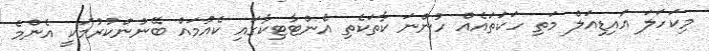
މިކަހަލަ އައިޑިއަލް މަތި ހަކަތައެއް ހުންނަ ކާތަކެތި އެންޓާޓިކާގައި ކެއުމައް ބޭނުންކުރުމަކީ އެންމެ